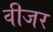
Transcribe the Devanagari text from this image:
वीजर